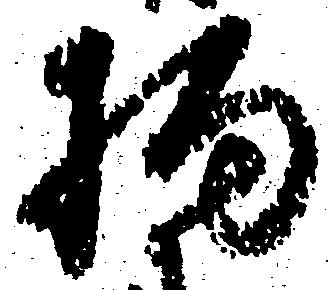
拘